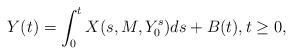
LaTeX: \begin{align*} Y(t)=\int_0^t X(s, M, Y_0^s) ds+ B(t), t \geq 0,\end{align*}